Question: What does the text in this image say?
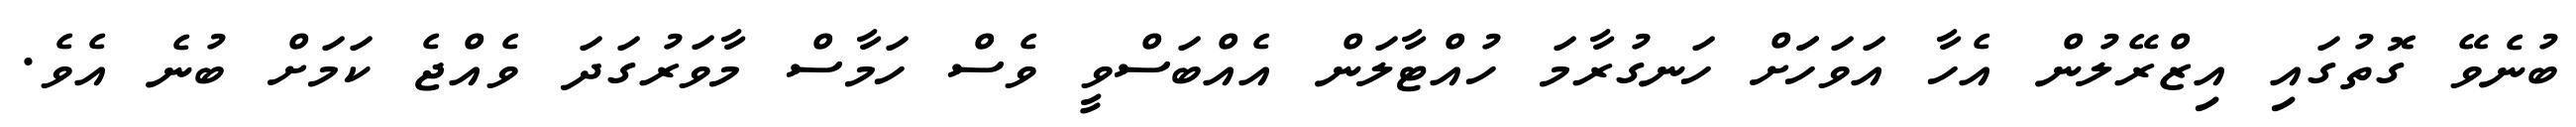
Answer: ބުނެވޭ ގޮތުގައި އިޒްރޭލުން އެހާ އަވަހަަށް ހަނގުރާމަ ހުއްޓާލަން އެއްބަސްވީ ވެސް ހަމާސް މާވަރުގަދަ ވެއްޖެ ކަމަށް ބުނެ އެވެ.